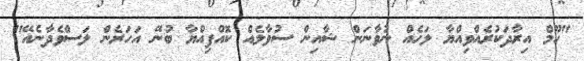
"ހޫމް އިރާދަކުރެއްވިއްޔާ ލަހެއް ނުވާނަން ޝާއިން ސުވާލެއް ކޮއްފިއްޔާ ބުނޭ އަހަރެން ލަސްވެދާނެއޭ"